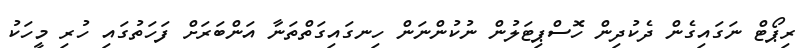
ރިޕޯޓް ނަގައިގެން ދެކުދިން ހޮސްޕިޓަލުން ނުކުންނަން ހިނގައިގަތްތަނާ އަންބަރަށް ފަހަތުގައި ހުރި މީހަކު